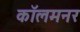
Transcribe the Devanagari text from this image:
कॉलमनर